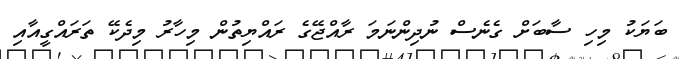
ބަޔަކު މިހި ސާބަށް ގެނެސް ނުދިންނަމަ ރާއްޖޭގެ ރައްޔިތުން މިހާރު މިދެކޭ ތަރައްގީއާއި